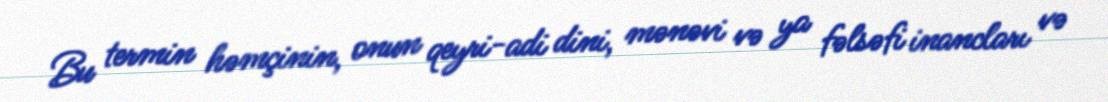
Bu termin həmçinin, onun qeyri-adi dini, mənəvi və ya fəlsəfi inancları və